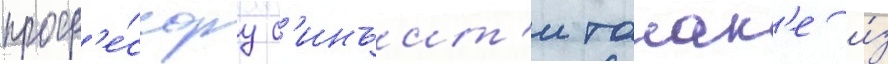
проф'е́ссору с'инъит'и танак'е и́з